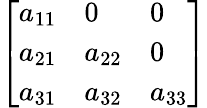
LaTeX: \left[\begin{array}{lll}{a_{11}}&{0}&{0}\\ {a_{21}}&{a_{22}}&{0}\\ {a_{31}}&{a_{32}}&{a_{33}}\end{array}\right]